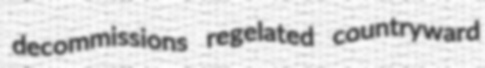
decommissions regelated countryward